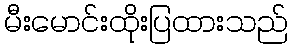
မီးမောင်းထိုးပြထားသည်